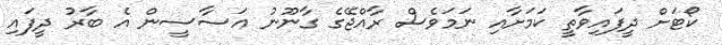
ކޯޓަށް ދީފައިވާތީ ކަމަށާއި ނަމަވެސް ރާއްޖޭގެ ގާނޫނު އަސާސީން އެ ބާރު ދީފައި